Document type: Sale
Year: 1209
Scribe: Arnau de Torre
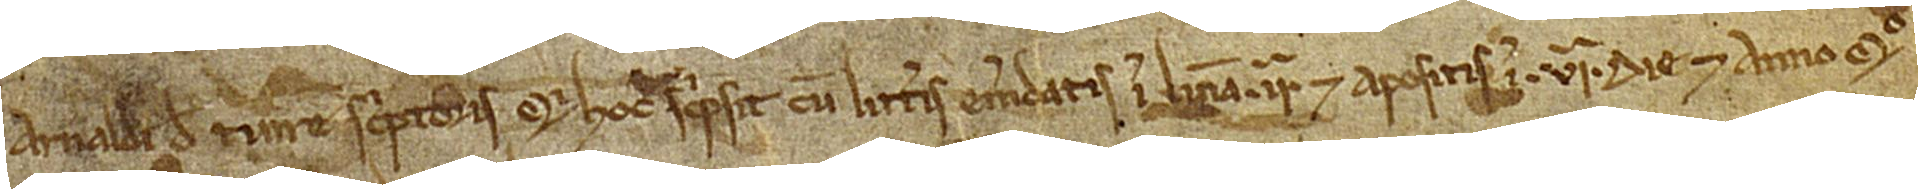
Arnaldi de Turre, scriptoris, qui hoc scripsit cum litteris emendatis in linea IIª et apositis in VIª, die et anno quo